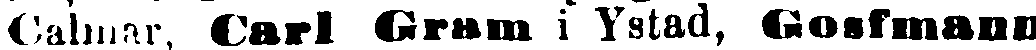
Calmar, Carl Gram i Ystad, Gosfmann